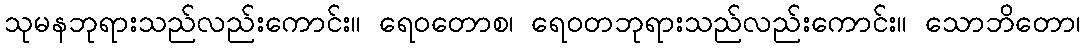
သုမနဘုရားသည်လည်းကောင်း။ ရေဝတောစ၊ ရေဝတဘုရားသည်လည်းကောင်း။ သောဘိတော၊